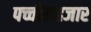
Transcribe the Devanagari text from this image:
पच्चीसहजार